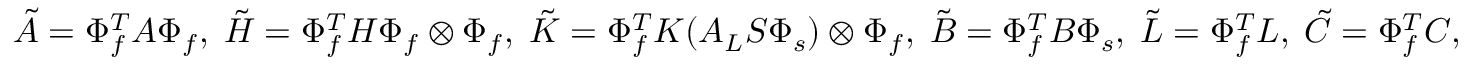
\tilde { A } = \Phi _ { f } ^ { T } A \Phi _ { f } , \; \tilde { H } = \Phi _ { f } ^ { T } H \Phi _ { f } \otimes \Phi _ { f } , \; \tilde { K } = \Phi _ { f } ^ { T } K ( A _ { L } S \Phi _ { s } ) \otimes \Phi _ { f } , \; \tilde { B } = \Phi _ { f } ^ { T } B \Phi _ { s } , \; \tilde { L } = \Phi _ { f } ^ { T } L , \; \tilde { C } = \Phi _ { f } ^ { T } C ,